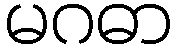
မဂဓာ